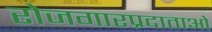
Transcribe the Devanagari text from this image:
रोजगारप्रदाताओं